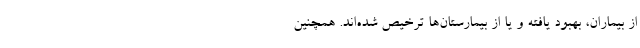
از بیماران، بهبود یافته و یا از بیمارستان‌ها ترخیص شده‌اند. همچنین